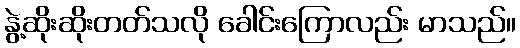
နွဲ့ဆိုးဆိုးတတ်သလို ခေါင်းကြောလည်း မာသည်။